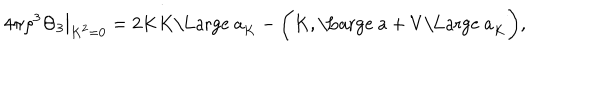
4 \pi \rho ^ { 3 } \Theta _ { 3 } { \big | } _ { K ^ { 2 } = 0 } = 2 K K \mathrm { \Large ~ a } _ { K } - { \biggl ( } K , \mathrm { \Large ~ a } + V \mathrm { \Large ~ a } _ { K } { \biggr ) } ,